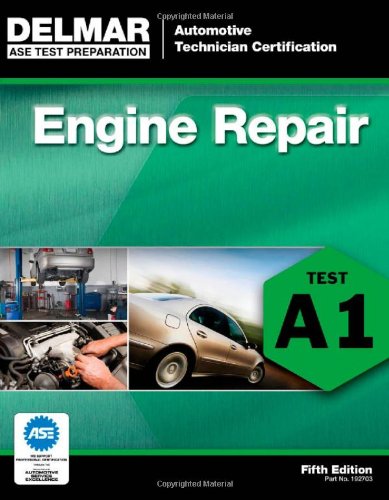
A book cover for ASE Test Preparation - A1 Engine Repair (Delmar Learning's Ase Test Prep Series); Delmar; Test Preparation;